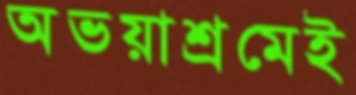
অভয়াশ্রমেই